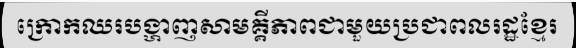
ក្រោកឈរបង្ហាញសាមគ្គីភាពជាមួយប្រជាពលរដ្ឋខ្មែរ